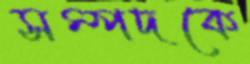
সম্পদকে